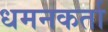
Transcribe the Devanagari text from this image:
धमनकर्ता